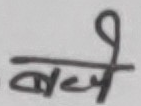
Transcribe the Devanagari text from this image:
बच्चे